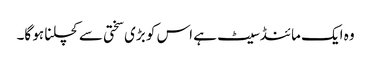
وہ ایک مائنڈسیٹ ہے اس کو بڑی سختی سے کچلنا ہو گا۔